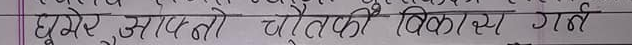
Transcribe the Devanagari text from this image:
घूमेर आपत्ती चौतरफी विकाश गर्न